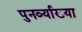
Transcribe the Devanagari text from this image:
पुनर्व्‍याख्‍या